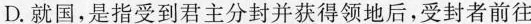
D.就国，是指受到君主分封并获得领地后，受封者前往